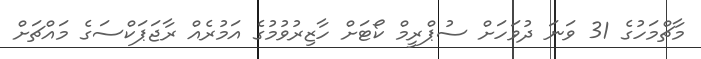
މާޗްމަހުގެ 31 ވަނަ ދުވަހަށް ސުޕްރީމް ކޯޓަށް ހާޒިރުވުމުގެ އަމުރެއް ރާޖަޕަކްސަގެ މައްޗަށް